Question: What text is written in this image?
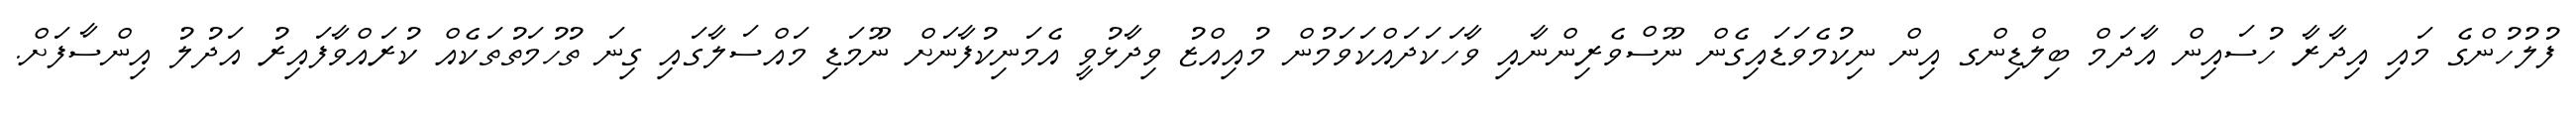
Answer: ފުލުހުންގެ މައި އިދާރާ ހުސައިން އާދަމް ބިލްޑިންގ އިން ނިކުމެވަޑައިގެން ނޫސްވެރިންނާއި ވާހަކަދައްކަވަމުން މުއިއްޒު ވިދާޅުވީ އެމަނިކުފާނަށް ނޫމަޑި މައްސަލާގައި ގިނަ ތުހުމަތުތަކެއް ކުރައްވާފައިރު އަދުލު އިންސާފަށް.